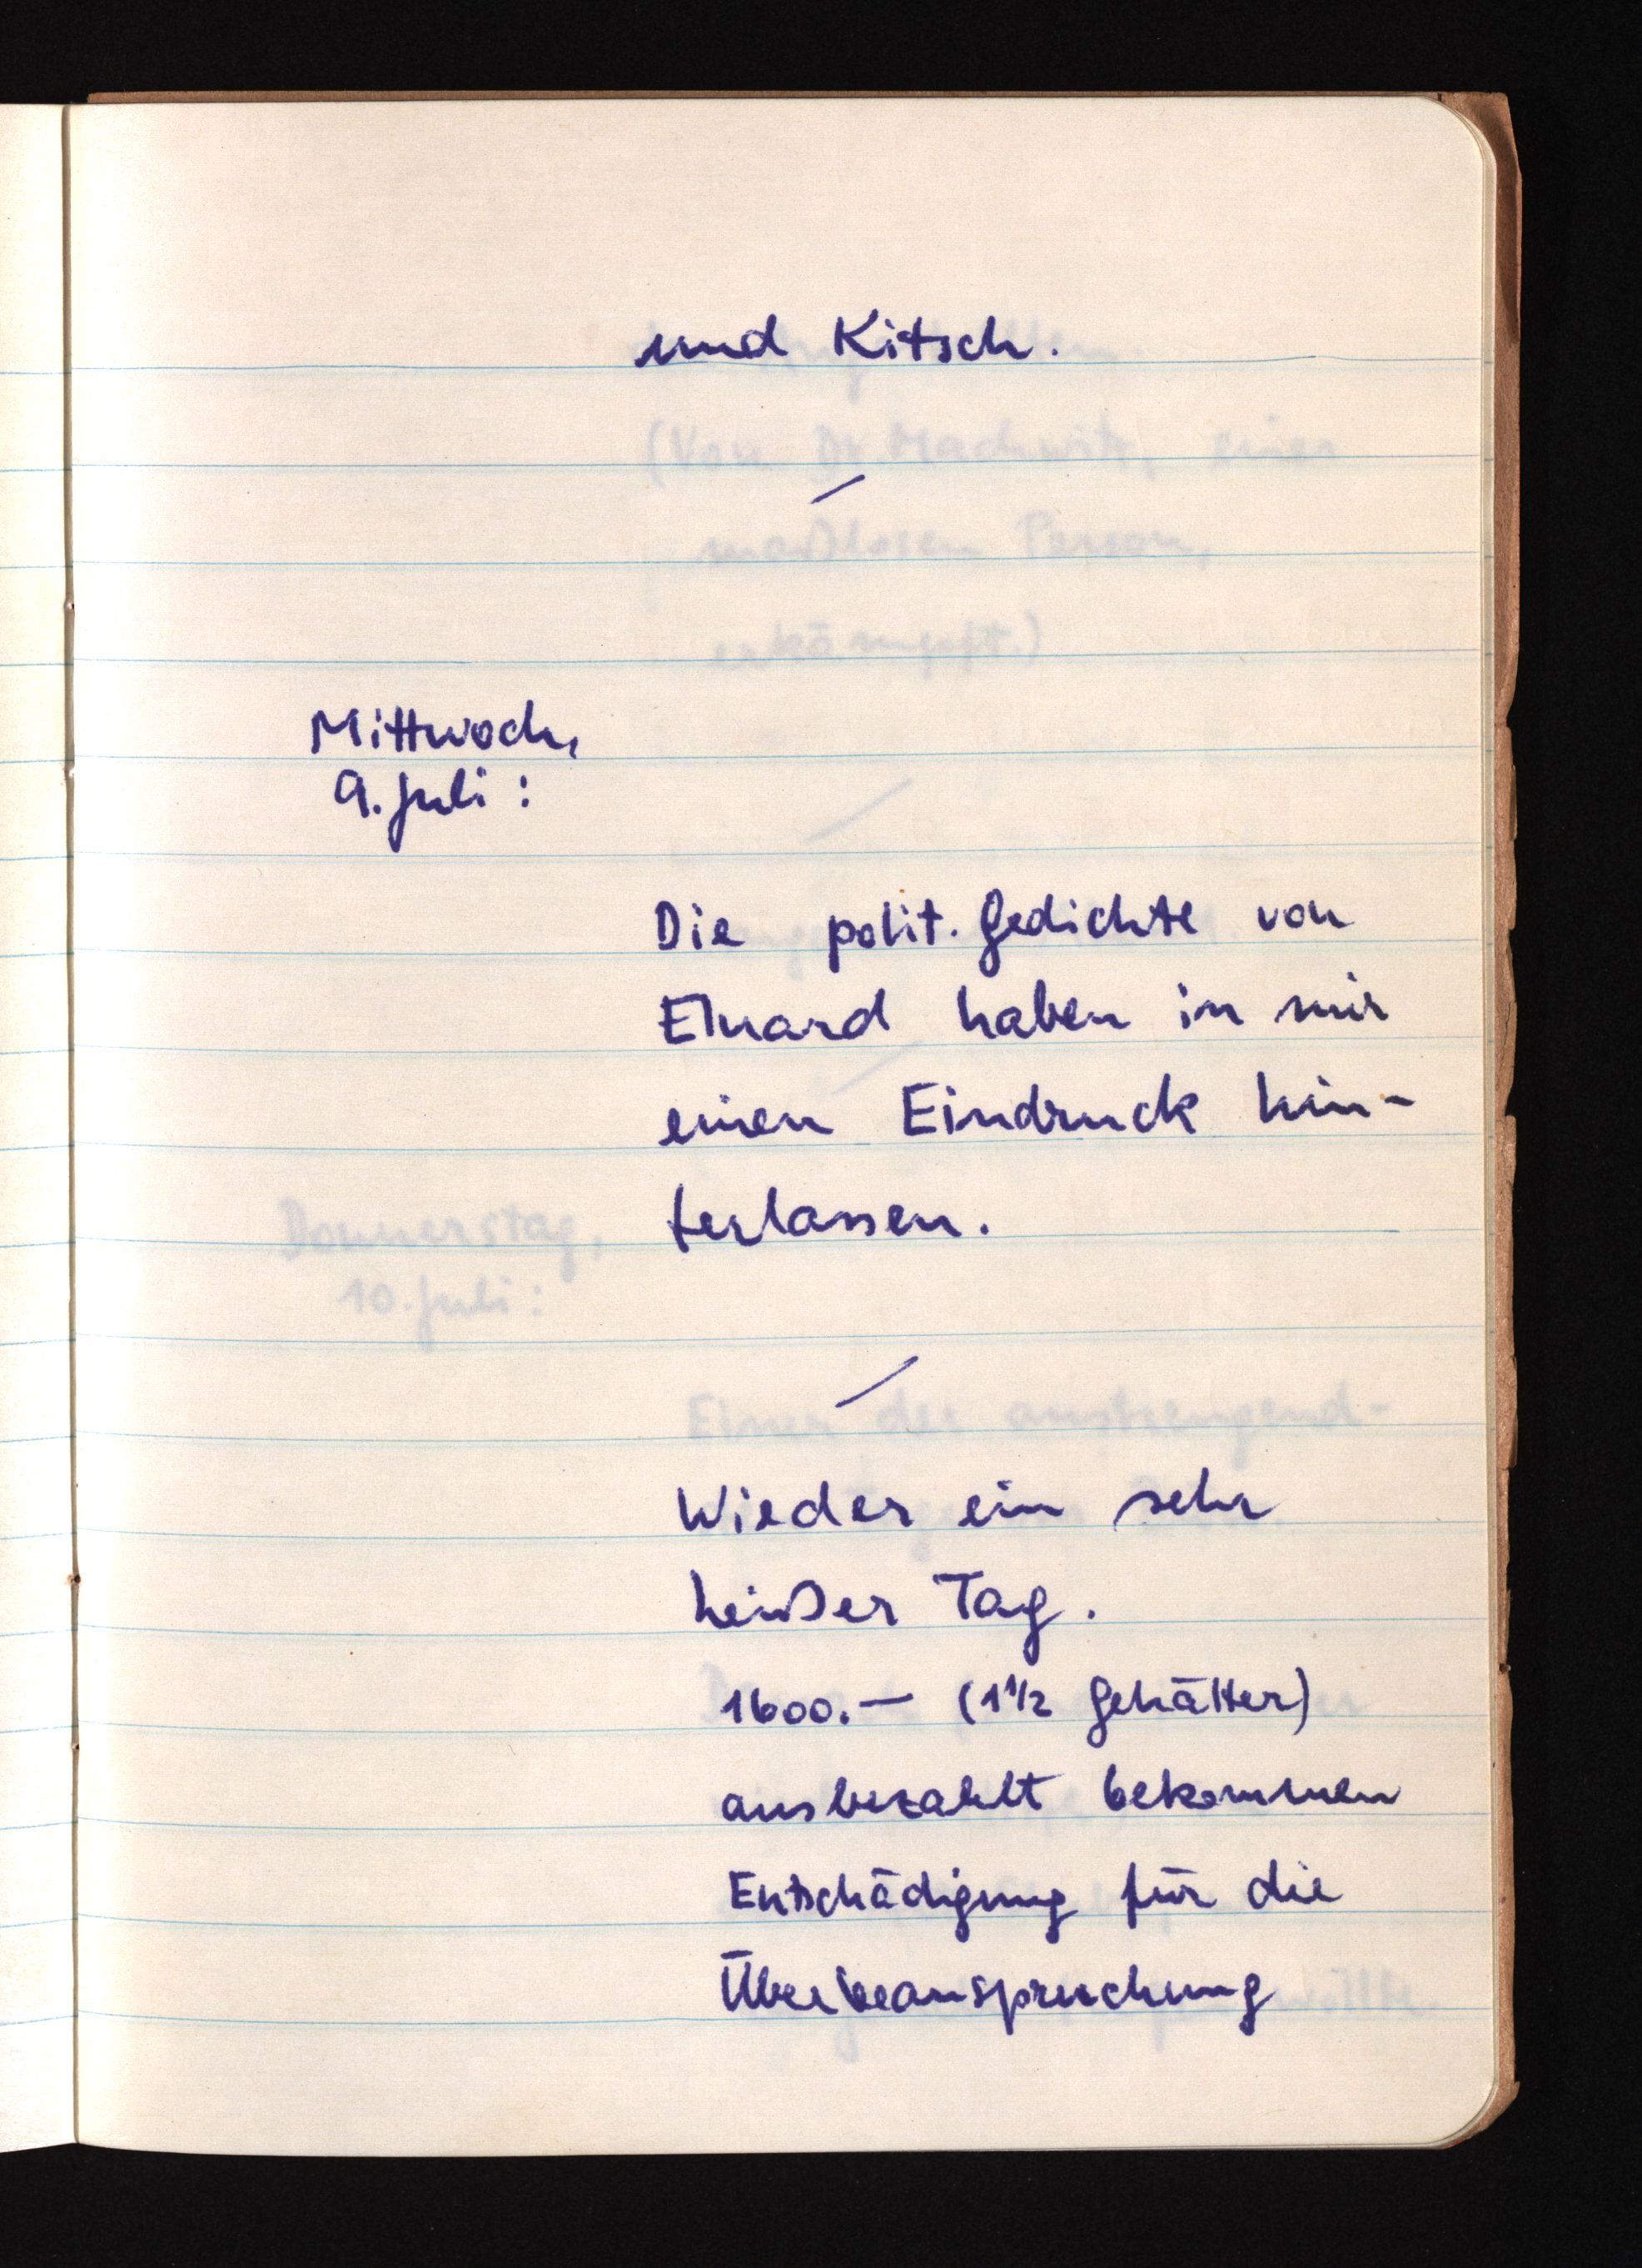
und Kitsch.
Mittwoch,
9. Juli:
Die polit. Gedichte von
Eluard haben in mir
einen Eindruck hin¬
terlassen.
Wieder ein sehr
heißer Tag.
1600.- (1 1/2 Gehälter)
ausbezahlt bekommen
Entschädigung für die
Überbeanspruchung